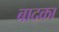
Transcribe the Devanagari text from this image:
बादका